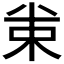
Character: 𠔗